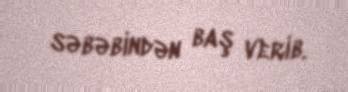
səbəbindən baş verib.